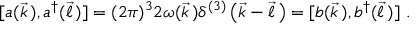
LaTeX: [ a ( \vec { k } \, ) , a ^ { \dagger } ( \vec { \ell } \, ) ] = ( 2 \pi ) ^ { 3 } 2 \omega ( \vec { k } \, ) \delta ^ { ( 3 ) } \left( \vec { k } - \vec { \ell } \, \right) = [ b ( \vec { k } \, ) , b ^ { \dagger } ( \vec { \ell } \, ) ] \ .